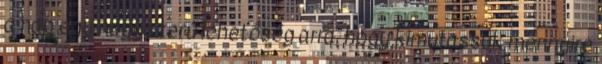
a nap egy nagyszerű lehetőség arra, hogy kimutassuk mennyire